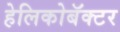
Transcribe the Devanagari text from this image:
हेलिकोबॅक्टर